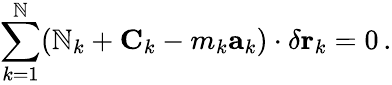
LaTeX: \sum_{k=1}^{\mathbb{N}}(\mathbf{{\mathbb{N}}}_{k}+\mathbf{{C}}_{k}-m_{k}\mathbf{{a}}_{k})\cdot\delta\mathbf{{r}}_{k}=0\, .